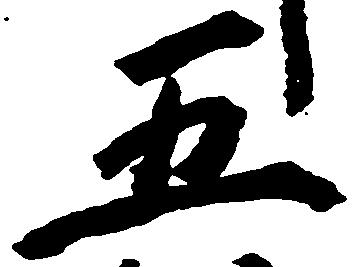
五